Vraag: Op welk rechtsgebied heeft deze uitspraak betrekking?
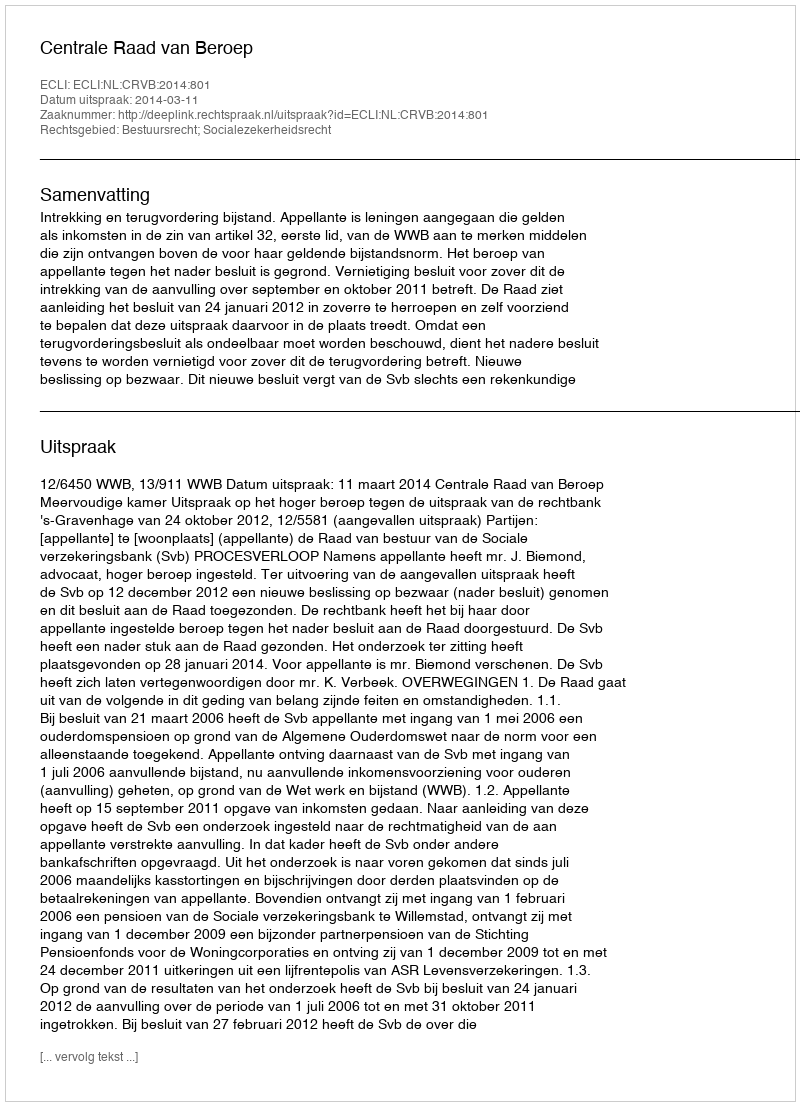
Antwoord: Bestuursrecht; Socialezekerheidsrecht